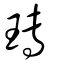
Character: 瑼